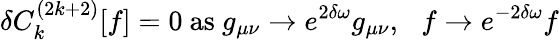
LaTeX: \delta C_{k}^{(2k+2)}[f]=0\mathrm{~as~}g_{\mu\nu}\rightarrow e^{2\delta\omega}g_{\mu\nu},\: \: \: f\rightarrow e^{-2\delta\omega}f